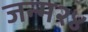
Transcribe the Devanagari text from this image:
जन्म२४